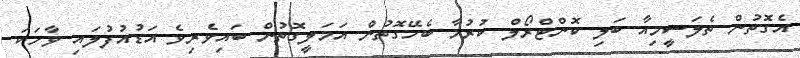
އެގޮތުން ތެލަސީމިއާ ބަލި ކޮންޓްރޯލް ކުރުމާ ބެހޭގޮތުން އަމަލީގޮތުން ބައިވެރިވެ އަޑުއުފުލައި ވާހަކަ